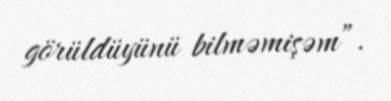
görüldüyünü bilməmişəm”.